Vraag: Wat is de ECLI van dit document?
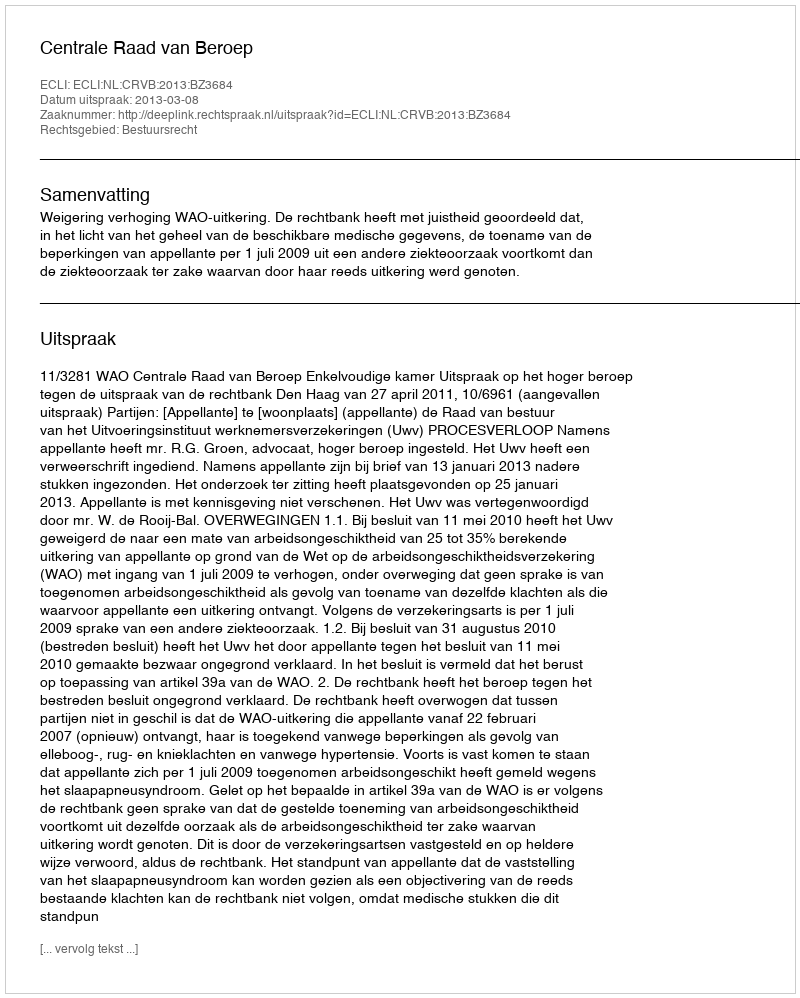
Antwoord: ECLI:NL:CRVB:2013:BZ3684